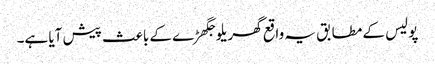
پولیس کے مطابق یہ واقع گھریلو جگھڑے کے باعث پیش آیا ہے۔